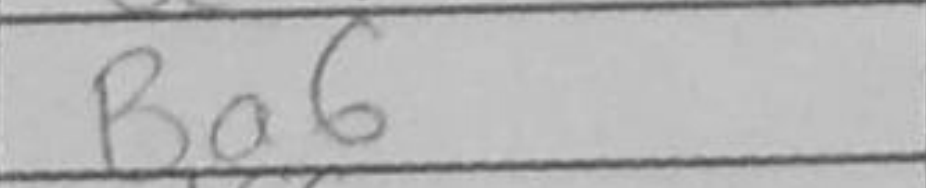
Transcription: Ba6